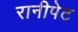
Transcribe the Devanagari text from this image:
रानीपेट